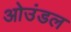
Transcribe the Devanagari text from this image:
ओउंडल